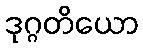
ဒုဂ္ဂတိယော